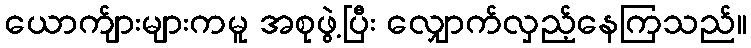
ယောက်ျားများကမူ အစုဖွဲ့ပြီး လျှောက်လှည့်နေကြသည်။